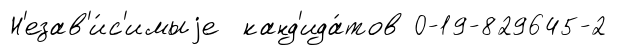
Н'езав'и́с'имыjе канд'ида́тов 0-19-829645-2